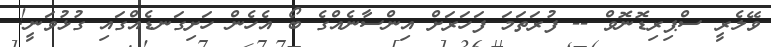
ވޭލެރީ ސްޕިރިޑޮނޮވް -- ފުރަތަމަ ފަހަރަށް އިންސާނެއްގެ ބޯ އެހެން ހަށިގަނޑެއްގައި ގުޅުވަނީ!